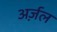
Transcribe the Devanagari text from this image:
अर्ज़ल